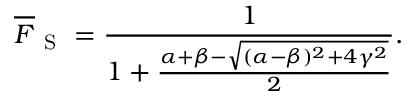
\overline { { F } } _ { \mathrm { ~ S ~ } } = \frac { 1 } { 1 + \frac { \alpha + \beta - \sqrt { ( \alpha - \beta ) ^ { 2 } + 4 \gamma ^ { 2 } } } { 2 } } .